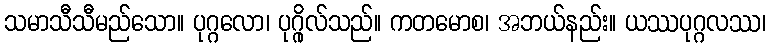
သမာသီသီမည်သော။ ပုဂ္ဂလော၊ ပုဂ္ဂိုလ်သည်။ ကတမောစ၊ အဘယ်နည်း။ ယဿပုဂ္ဂလဿ၊